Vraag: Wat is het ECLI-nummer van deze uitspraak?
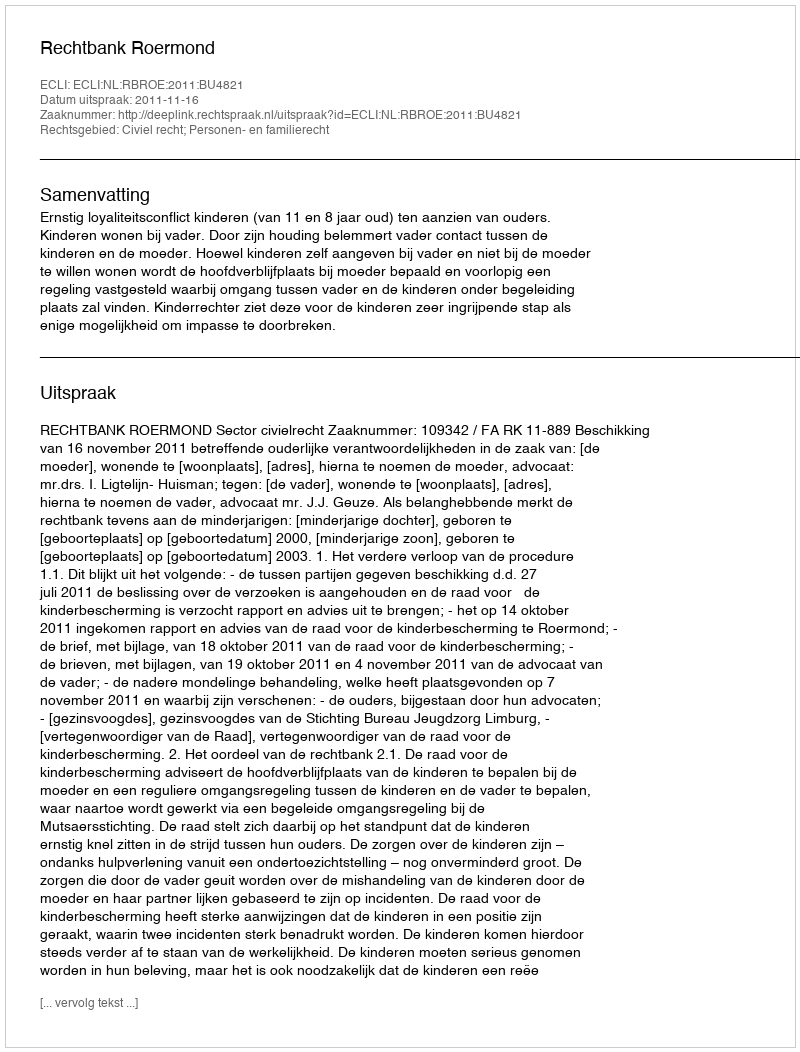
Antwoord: ECLI:NL:RBROE:2011:BU4821